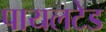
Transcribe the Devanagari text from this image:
पायलटेड